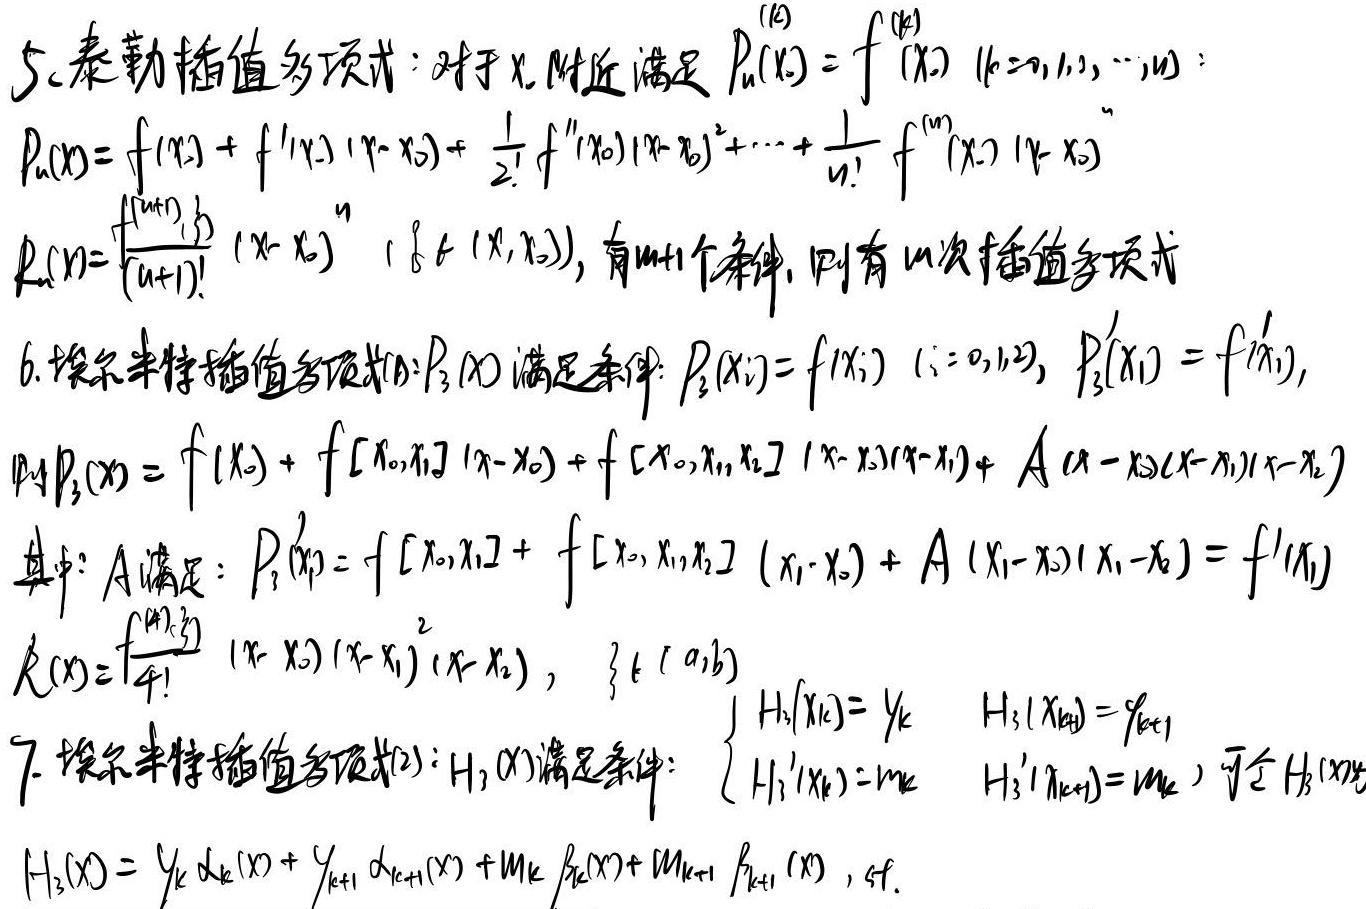
5. 泰勒插值多项式：对于\(x_0\)附近满足 \(P_n^{(k)}(x_0) = f^{(k)}(x_0)\ (k = 0,1,2,\cdots,n)\)，有\(n + 1\)个条件，则有\(n\)次插值多项式
\[
P_n(x)=f(x_0)+f^{\prime}(x_0)(x - x_0)+\frac{1}{2!}f^{\prime\prime}(x_0)(x - x_0)^2+\cdots+\frac{1}{n!}f^{(n)}(x_0)(x - x_0)^n
\]
\[
R_n(x)=\frac{f^{(n + 1)}(\xi)}{(n+1)!}(x - x_0)^{n + 1}\ (\xi\in(x,x_0))
\]

6. 埃尔米特插值多项式(1)：\(P_3(x)\)满足条件：\(P_3(x_i)=f(x_i)\ (i = 0,1,2)\)，\(P_3^{\prime}(x_1)=f^{\prime}(x_1)\)，则
\[
P_3(x)=f(x_0)+f[x_0,x_1](x - x_0)+f[x_0,x_1,x_2](x - x_0)(x - x_1)+A(x - x_0)(x - x_1)(x - x_2)
\]
其中：\(A\)满足：\(P_3^{\prime}(x_1)=f[x_0,x_1]+f[x_0,x_1,x_2](x_1 - x_0)+A(x_1 - x_0)(x_1 - x_2)=f^{\prime}(x_1)\)
\[
R(x)=\frac{f^{(4)}(\xi)}{4!}(x - x_0)(x - x_1)^2(x - x_2),\ \{\xi\in[a,b]\}
\]

7. 埃尔米特插值多项式(2)：\(H_3(x)\)满足条件：
\[
\begin{cases}
H_3(x_k)=y_k & H_3(x_{k + 1})=y_{k+1}\\
H_3^{\prime}(x_k)=m_k & H_3^{\prime}(x_{k + 1})=m_{k + 1}
\end{cases}
\]
可令\(H_3(x)=\)
\[
H_3(x)=y_k\alpha_k(x)+y_{k + 1}\alpha_{k+1}(x)+m_k\beta_k(x)+m_{k + 1}\beta_{k + 1}(x)，sf.
\]